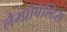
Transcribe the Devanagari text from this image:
लैम्प्रोपेल्टिस